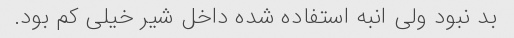
بد نبود ولی انبه استفاده شده داخل شیر خیلی کم بود.